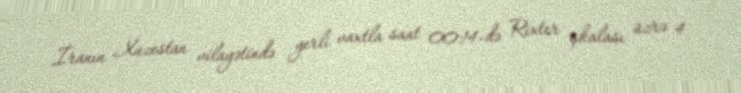
İranın Xuzestan vilayətində yerli vaxtla saat 00:14-də Rixter şkalası üzrə 4